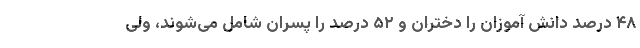
۴٨ درصد دانش آموزان را دختران و ۵٢ درصد را پسران شامل می‌شوند، ولی